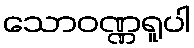
သောဝဏ္ဏရူပါ